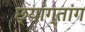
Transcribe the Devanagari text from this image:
छ्यांग्तांग